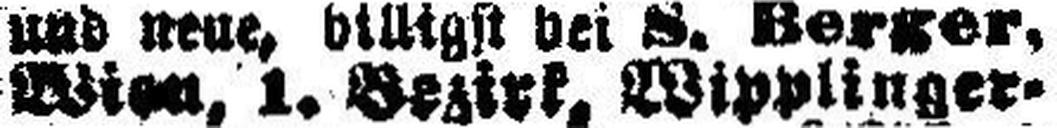
Wien, 1. Bezirk, Wipplinger¬